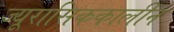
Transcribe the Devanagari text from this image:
ज्यूरासिककालीन